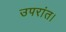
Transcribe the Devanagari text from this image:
उपरांत।